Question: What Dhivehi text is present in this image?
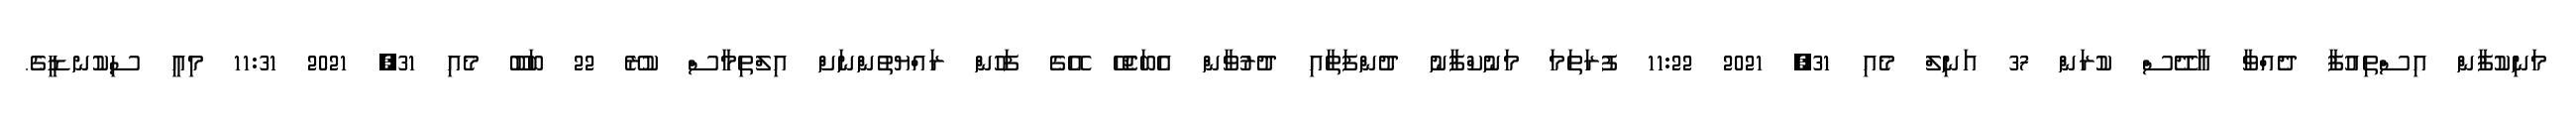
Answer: މަނިކުފާން އިސްތިއުފާ ދެއްވާ އާދޭސް ކުރަން 37 އަނިލް މެއި 31, 2021 11:22 ފުރަތަމަ މަނުކްފާނު ދުންފަތާއި ދުރުވާން އެބަޖެހޭ އޭގެ ފަހުން ރައްޔތުންނަށް އިލްތިމާސް ކުރޭ 22 ބަބޫ މެއި 31, 2021 11:31 މިއީ ސިކުނޑީގެ.